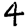
Digit: 4